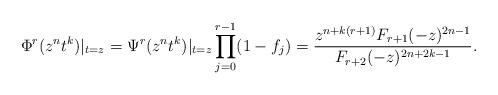
LaTeX: \begin{align*} \Phi^{r}(z^{n}t^{k})|_{t=z} = \Psi^{r}(z^{n}t^{k})|_{t=z} \prod_{j=0}^{r-1}(1-f_{j}) = \frac{z^{n+k(r+1)} F_{r+1}(-z)^{2n-1}}{F_{r+2}(-z)^{2n+2k-1}}. \end{align*}